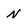
Character: N